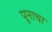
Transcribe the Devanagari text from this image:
पूनाचा